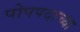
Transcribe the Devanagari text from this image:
पोपपदाच्या